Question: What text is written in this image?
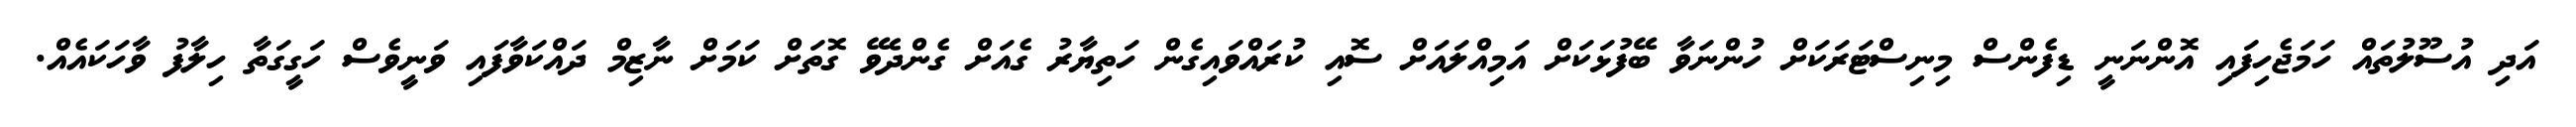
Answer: އަދި އުސޫލުތައް ހަމަޖެހިފައި އޮންނަނީ ޑިފެންސް މިނިސްޓަރަކަށް ހުންނަވާ ބޭފުޅަކަށް އަމިއްލައަށް ސޮއި ކުރައްވައިގެން ހަތިޔާރު ގެއަށް ގެންދެވޭ ގޮތަށް ކަމަށް ނާޒިމް ދައްކަވާފައި ވަނީވެސް ހަގީގަތާ ހިލާފު ވާހަކައެއް.